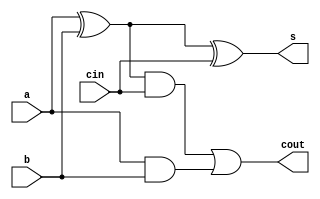
module fullAdder(input cin, input a, input b, output s, output cout);
    // FullAdder compute addition of input cin, a and b,
    // then output result to s and carry bit to cout.

    // TODO: implement your fullAdder design here
    // For testbench verifying, do not modify input and output pin

    assign s = (a^b)^cin;
    assign cout = ((a^b)&cin)|(a&b);

endmodule